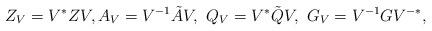
LaTeX: \begin{align*}Z_V = V^*ZV, A_V = V^{-1}\tilde{A}V,~Q_V = V^*\tilde{Q}V,~G_V = V^{-1}GV^{-*},\end{align*}